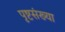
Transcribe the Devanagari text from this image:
पृष्टसंख्या